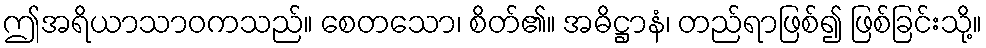
ဤအရိယာသာဝကသည်။ စေတသော၊ စိတ်၏။ အဓိဋ္ဌာနံ၊ တည်ရာဖြစ်၍ ဖြစ်ခြင်းသို့။